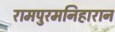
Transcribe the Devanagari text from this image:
रामपुरमनिहारान